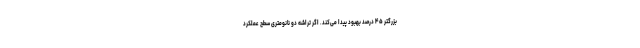
بزرگتر ۴۵ درصد بهبود پیدا می‌کند. اگر تراشه دو نانومتری سطح عملکرد